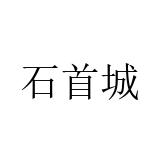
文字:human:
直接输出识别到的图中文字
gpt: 石首城